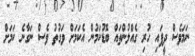
ނަމަވެސް ދީފައި ހުރި ގެއްލުންތައް ބޮޑުކަމުން އެކަމަށް ވަގުތު ވެސް ނަގާނެ ކަމަށް